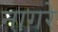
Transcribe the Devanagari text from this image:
नागरे